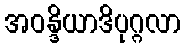
အဝန္ဒိယာဒိပုဂ္ဂလာ